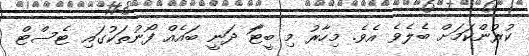
ކުރުންކަމަށް ބެލެވެ އެވެ. މިހާރު މި ބީޓާަ ދަނީ ބައެއް ފޯނުތަކުގައި ޓެސްޓް